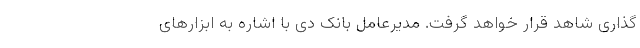
گذاری شاهد قرار خواهد گرفت. مدیرعامل بانک دی با اشاره به ابزارهای